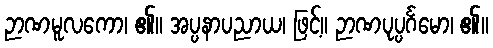
ဉာဏမူလကော၊ ၏။ အပ္ပနာပညာယ၊ ဖြင့်။ ဉာဏပုပ္ပင်္ဂမော၊ ၏။